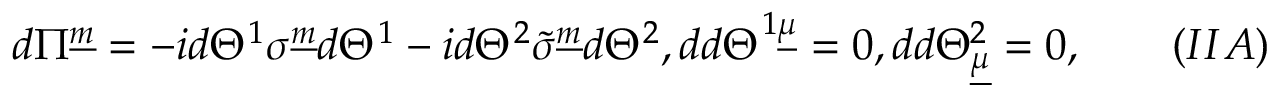
d \Pi ^ { \underline { { m } } } = - i d \Theta ^ { 1 } \sigma ^ { \underline { { m } } } d \Theta ^ { 1 } - i d \Theta ^ { 2 } \tilde { \sigma } ^ { \underline { { m } } } d \Theta ^ { 2 } , d d \Theta ^ { 1 \underline { { \mu } } } = 0 , d d \Theta _ { \underline { { \mu } } } ^ { 2 } = 0 , \qquad ( I I A )